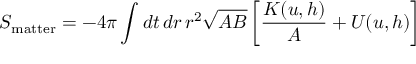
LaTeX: S _ { \mathrm { m a t t e r } } = - 4 \pi \int d t \, d r \, r ^ { 2 } \sqrt { A B } \left[ { \frac { K ( u , h ) } { A } } + U ( u , h ) \right]